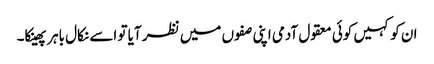
ان کو کہیں کوئی معقول آدمی اپنی صفوں میں نظر آیا تو اسے نکال باہر پھینکا۔